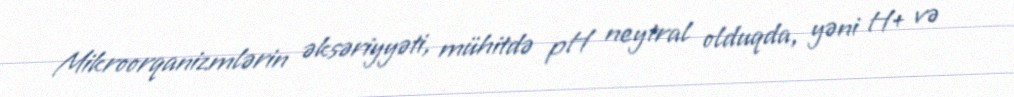
Mikroorqanizmlərin əksəriyyəti, mühitdə pH neytral olduqda, yəni H+ və